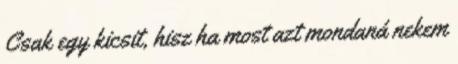
Csak egy kicsit, hisz ha most azt mondaná nekem